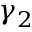
\gamma _ { 2 }